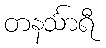
တနင်္သာရီ